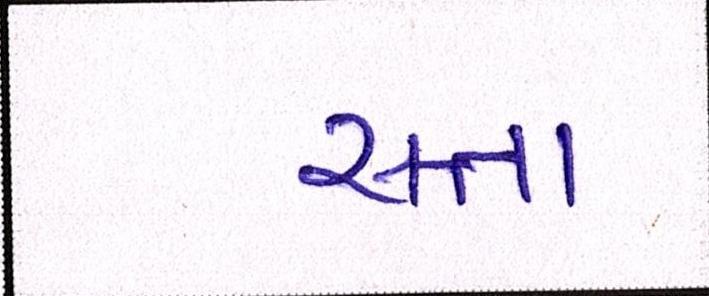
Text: સત્તા